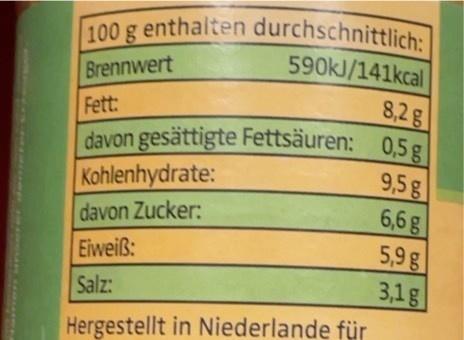
100 g enthalten durchschnittlich: 590kJ/141kcal
Brennwert
Fett:
8,2g
davon gesättigte Fettsäuren: 0,5 g| 9,5g 6,6g 5,9g
Kohlenhydrate: davon Zucker:
Eiweiß:
Salz:
3,1g
Hergestellt in Niederlande für